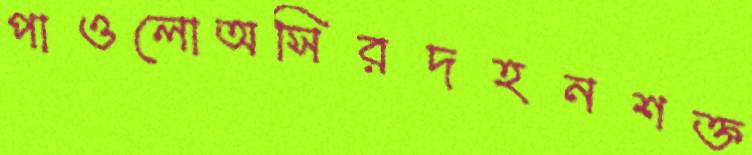
পাওলোঅসিরদহনশক্ত